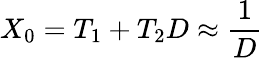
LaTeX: X_{0}=T_{1}+T_{2}D\approx{\frac{1}{D}}